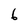
Character: 6